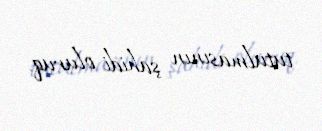
tutulmasının şahidi oluruq.